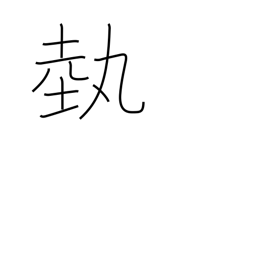
Meaning: art